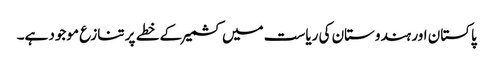
پاکستان اور ہندوستان کی ریاست میں کشمیر کے خطے پر تنازع موجود ہے۔